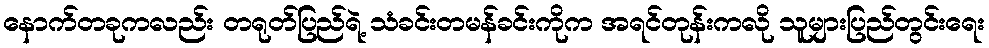
နောက်တခုကလည်း တရုတ်ပြည်ရဲ့ သံခင်းတမန်ခင်းကိုက အရင်တုန်းကလို သူများပြည်တွင်းရေး